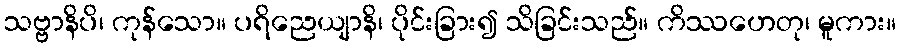
သဗ္ဗာနိပိ၊ ကုန်သော။ ပရိညေယျာနိ၊ ပိုင်းခြား၍ သိခြင်းသည်။ ကိဿဟေတု၊ မူကား။